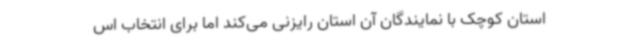
استان کوچک با نمایندگان آن استان رایزنی می‌کند اما برای انتخاب اس